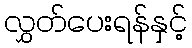
လွှတ်ပေးရန်နှင့်